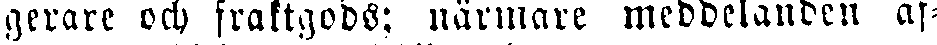
gerare och fraktgods; närmare meddelanden af-